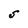
Character: S